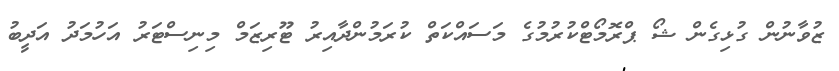
ޒުވާނުން ގުޅިގެން ޝޯ ޕްރޮމޯޓްކުރުމުގެ މަސައްކަތް ކުރަމުންދާއިރު ޓޫރިޒަމް މިނިސްޓަރު އަހުމަދު އަދީބު